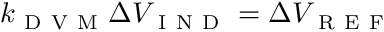
k _ { \mathrm { ~ D ~ V ~ M ~ } } \Delta V _ { \mathrm { ~ I ~ N ~ D ~ } } = \Delta V _ { \mathrm { ~ R ~ E ~ F ~ } }